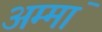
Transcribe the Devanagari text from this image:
अम्मां